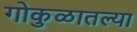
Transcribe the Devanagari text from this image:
गोकुळातल्या